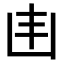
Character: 𠙾